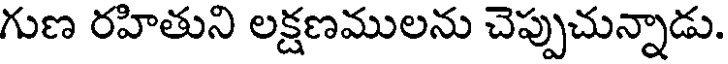
గుణ రహితుని లక్షణములను చెప్పుచున్నాడు.